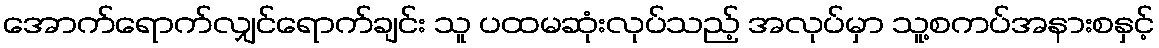
အောက်ရောက်လျှင်ရောက်ချင်း သူ ပထမဆုံးလုပ်သည့် အလုပ်မှာ သူ့စကပ်အနားစနှင့်